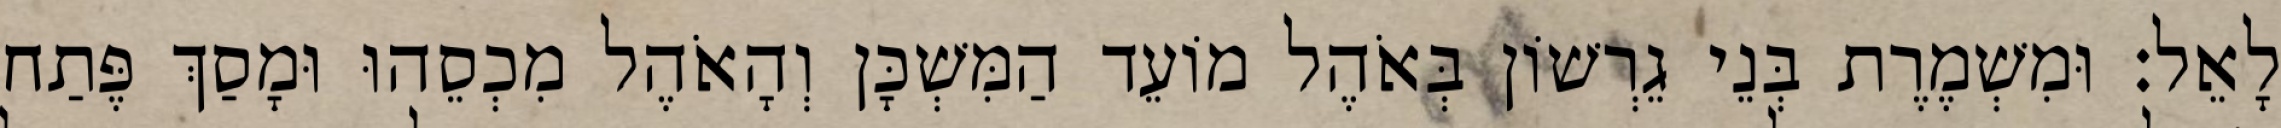
לָאֵל׃ וּמִשְׁמֶרֶת בְּנֵי גֵרְשׁוֹן בְּאֹהֶל מוֹעֵד הַמִּשְׁכָּן וְהָאֹהֶל מִכְסֵהוּ וּמָסַךְ פֶּתַח